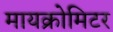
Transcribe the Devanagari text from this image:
मायक्रोमिटर